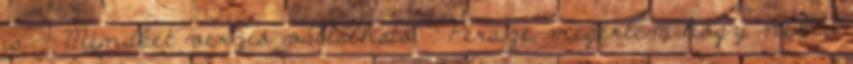
is. : Mindkét verzió vállalható. : Persze megértem,hogy neked